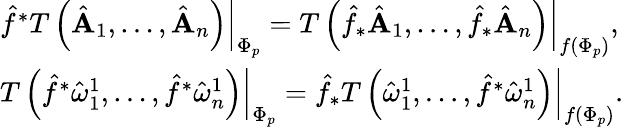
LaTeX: \begin{array}{l}{{\hat{f}^{*}\left.T\left(\hat{\mathbf A}_{1},\ldots,\hat{\mathbf A}_{n}\right)\right|_{\Phi_{p}}=\left.T\left(\hat{f}_{*}\hat{\mathbf A}_{1},\ldots,\hat{f}_{*}\hat{\mathbf A}_{n}\right)\right|_{f\left(\Phi_{p}\right)},}}\\ {{\left.T\left(\hat{f}^{*}\hat{\mathbf\omega}_{1}^{1},\ldots,\hat{f}^{*}\hat{\mathbf\omega}_{n}^{1}\right)\right|_{\Phi_{p}}=\hat{f}_{*}\left.T\left(\hat{\mathbf\omega}_{1}^{1},\ldots,\hat{f}^{*}\hat{\mathbf\omega}_{n}^{1}\right)\right|_{f\left(\Phi_{p}\right)}.}}\end{array}